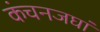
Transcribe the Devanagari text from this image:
कंचनजघां